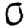
Digit: 0